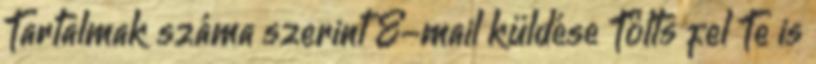
Tartalmak száma szerint E-mail küldése Tölts fel Te is